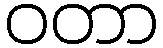
ဝတာ